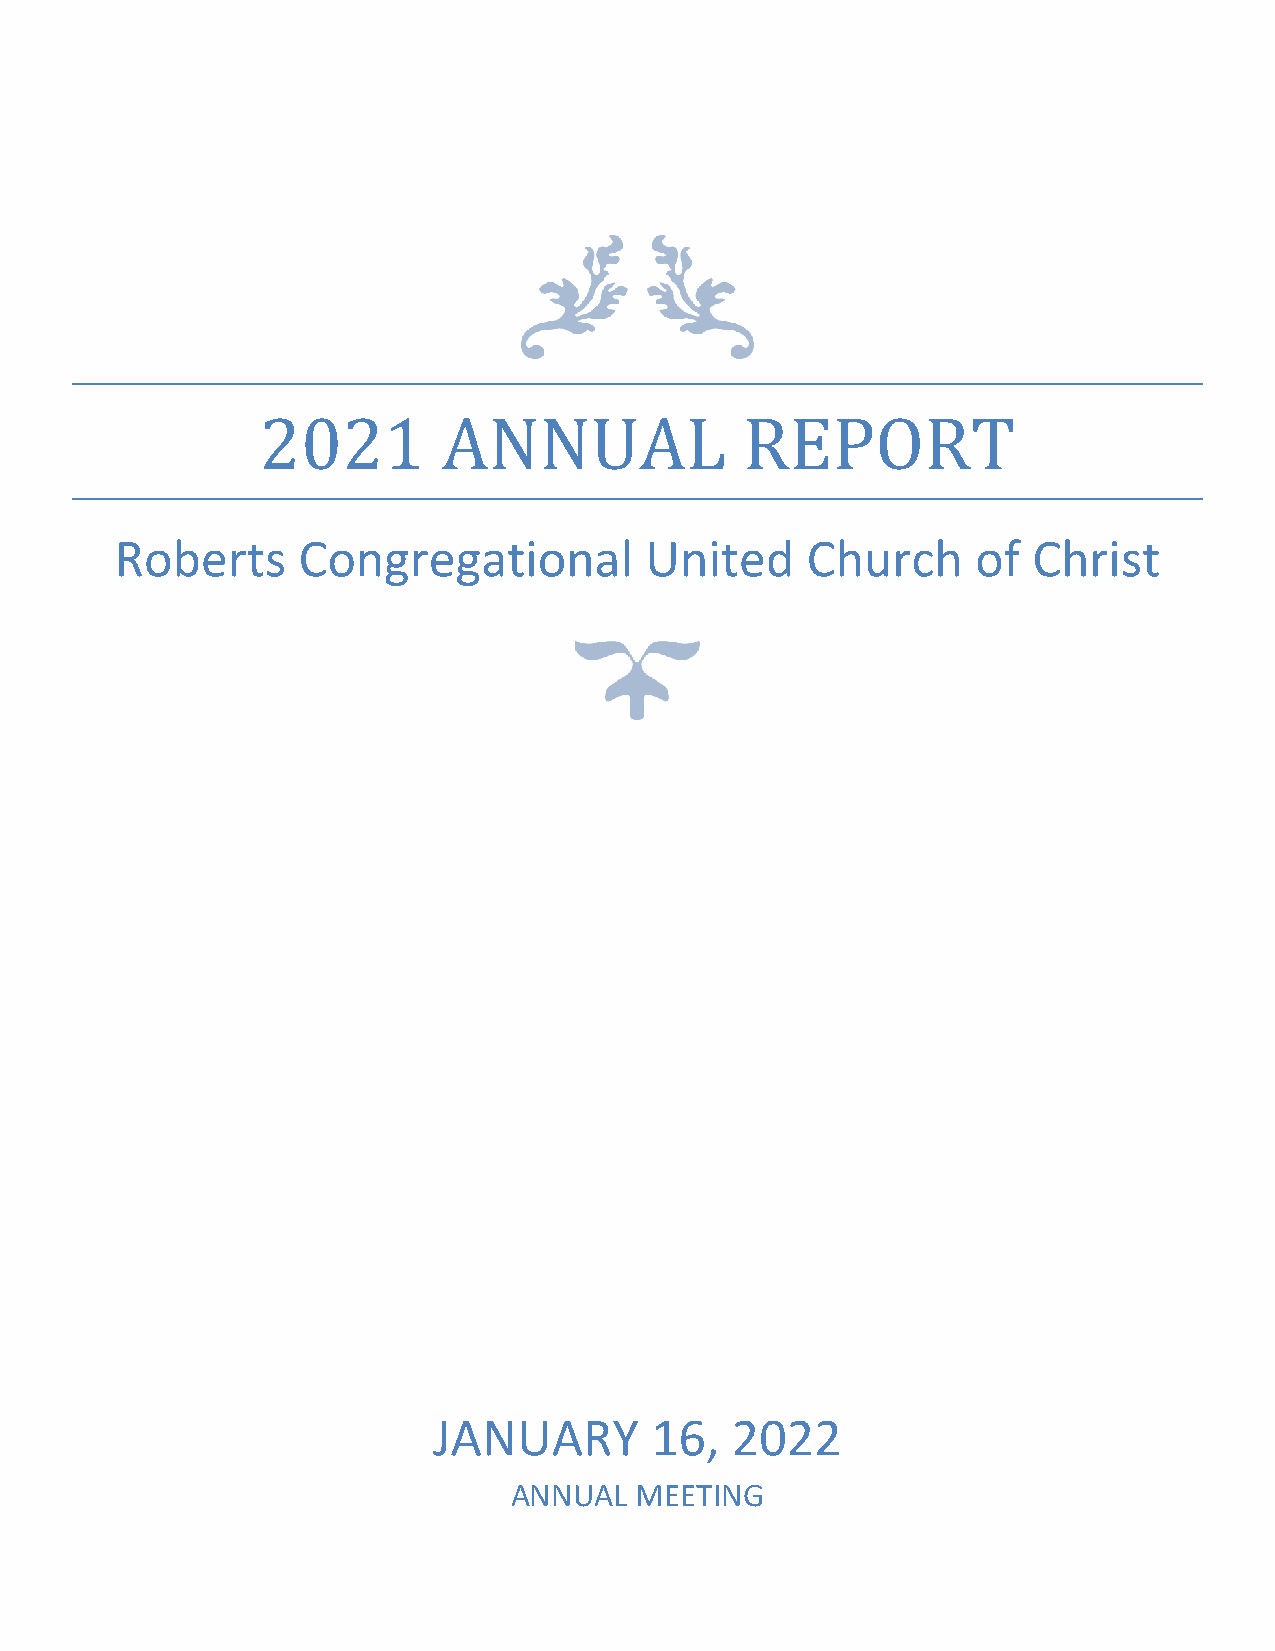
Roberts     Congregational         United    Church      of Christ
 2021        ANNUAL              REPORT
 JANUARY       16,  2022
 ANNUAL  MEETING